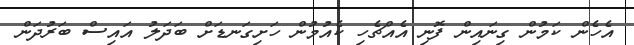
އެހެން ކަމުން ގިނައިން ފޮނި އެއްޗެހި ކެއުމުން ހަށިގަނޑަށް ބަދަލު އައިސް ބަރުދަން